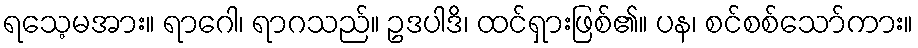
ရသေ့မအား။ ရာဂေါ၊ ရာဂသည်။ ဥဒပါဒိ၊ ထင်ရှားဖြစ်၏။ ပန၊ စင်စစ်သော်ကား။